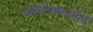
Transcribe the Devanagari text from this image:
मन्त्रज्ञमवसानीनं